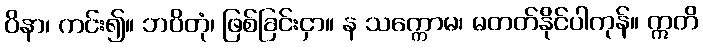
ဝိနာ၊ ကင်း၍။ ဘဝိတုံ၊ ဖြစ်ခြင်းငှာ။ န သက္ကောမ၊ မတတ်နိုင်ပါကုန်။ ဣတိ